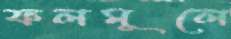
ফলমূলে